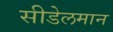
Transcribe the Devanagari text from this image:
सीडेलमान